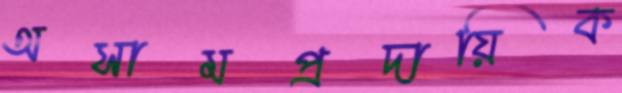
অসামপ্রদায়িক